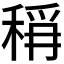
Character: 𮃎